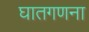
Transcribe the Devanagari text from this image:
घातगणना